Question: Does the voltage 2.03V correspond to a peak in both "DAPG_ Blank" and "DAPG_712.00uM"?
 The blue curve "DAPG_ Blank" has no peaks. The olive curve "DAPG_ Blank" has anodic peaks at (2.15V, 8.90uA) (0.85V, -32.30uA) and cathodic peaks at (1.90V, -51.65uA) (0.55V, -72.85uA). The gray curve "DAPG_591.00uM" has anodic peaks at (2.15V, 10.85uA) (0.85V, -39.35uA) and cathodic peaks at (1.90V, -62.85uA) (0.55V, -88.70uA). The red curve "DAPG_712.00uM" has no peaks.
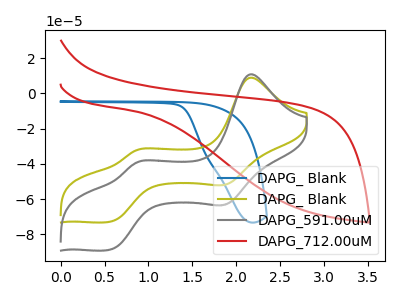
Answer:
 <answer>No, "DAPG_ Blank" and "DAPG_712.00uM" dont share a peak at 2.03V.</answer>
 <eval>mismatch</eval>